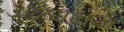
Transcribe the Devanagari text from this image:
आत्मयज्ञ